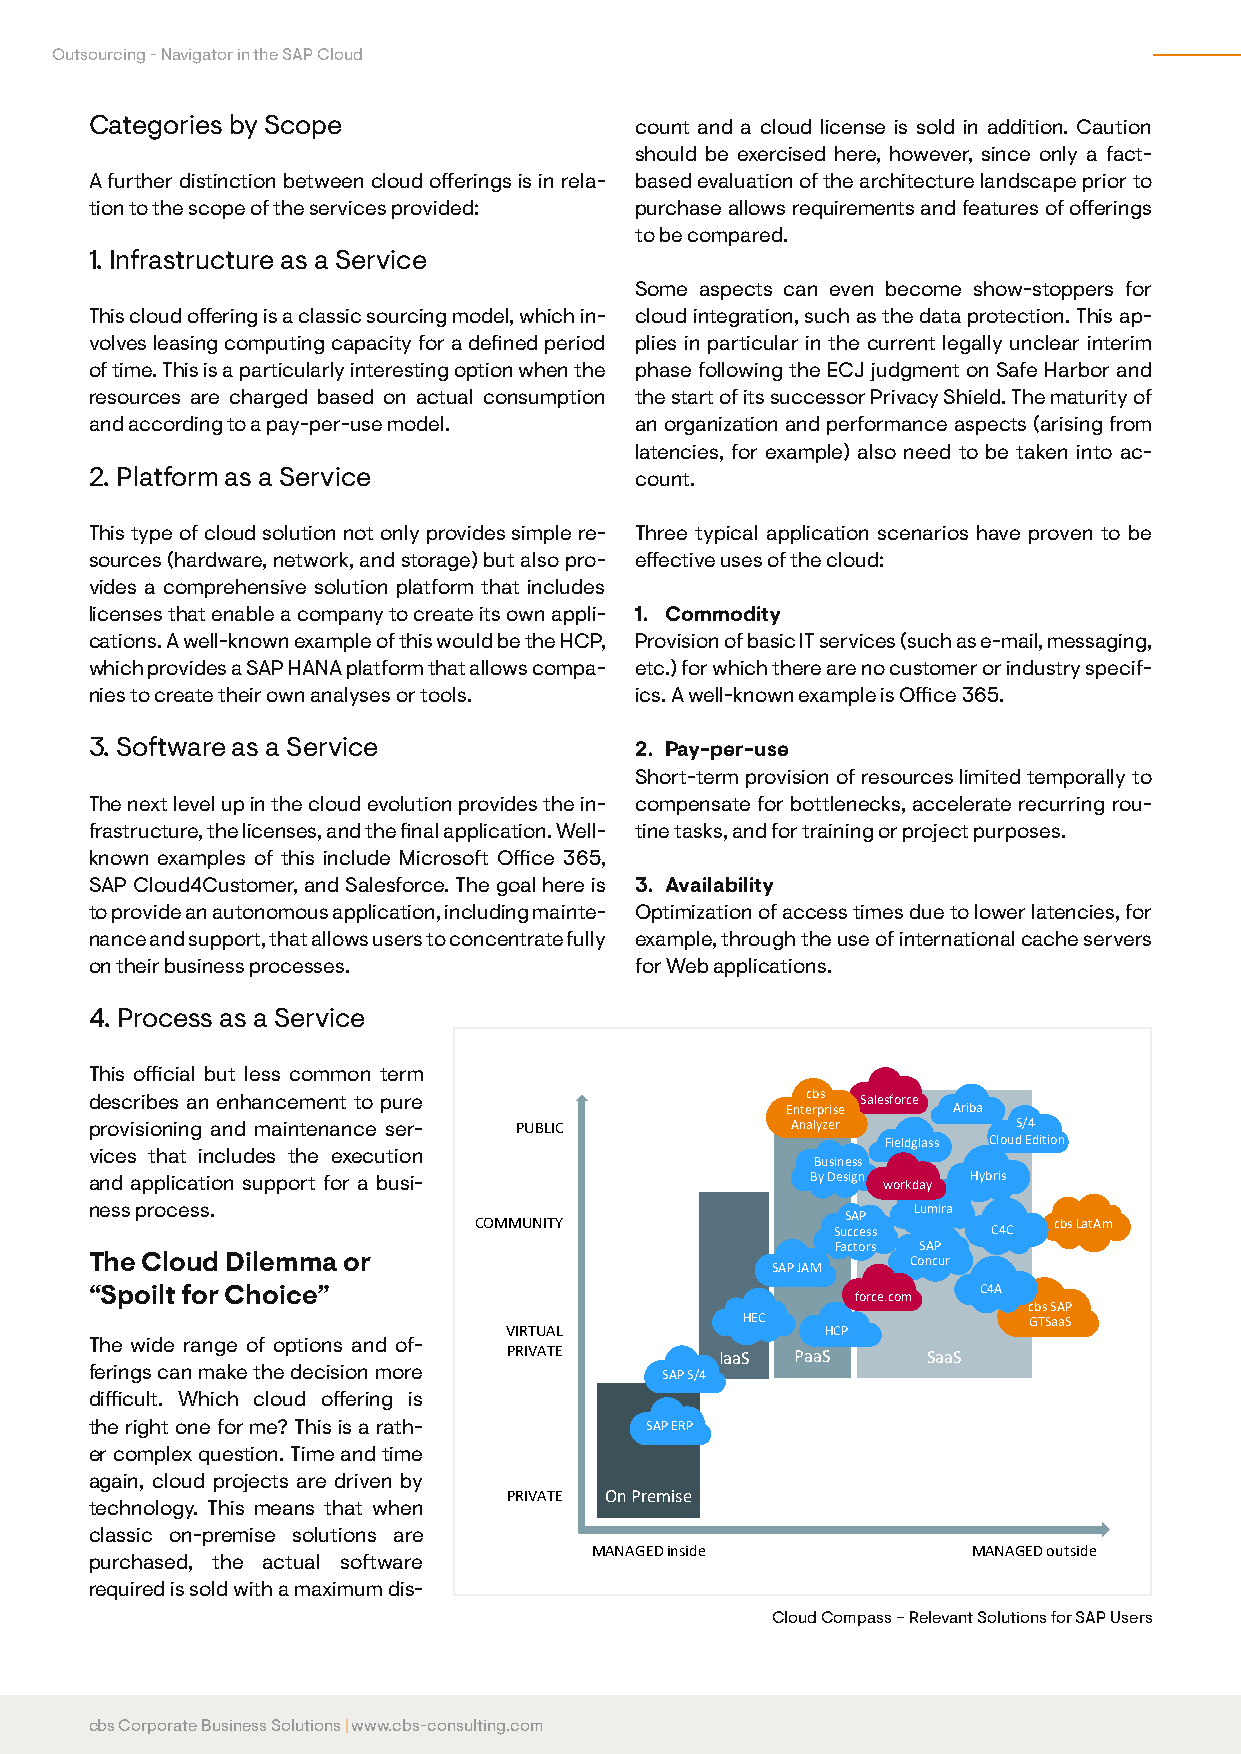
Outsourcing - Navigator in the SAP Cloud
 Categories by Scope                 count and a cloud license is sold in addition. Caution
 should be exercised here, however, since only a fact-
 A further distinction between cloud offerings is in rela- based evaluation of the architecture landscape prior to
 tion to the scope of the services provided: purchase allows requirements and features of offerings
 to be compared.
 1. Infrastructure as a Service
 Some aspects can even become show-stoppers for
 This cloud offering is a classic sourcing model, which in- cloud integration, such as the data protection. This ap-
 volves leasing computing capacity for a defined period plies in particular in the current legally unclear interim
 of time. This is a particularly interesting option when the phase following the ECJ judgment on Safe Harbor and
 resources are charged based on actual consumption the start of its successor Privacy Shield. The maturity of
 and according to a pay-per-use model. an organization and performance aspects (arising from
 latencies, for example) also need to be taken into ac-
 2. Platform as a Service            count.
 This type of cloud solution not only provides simple re- Three typical application scenarios have proven to be
 sources (hardware, network, and storage) but also pro- effective uses of the cloud:
 vides a comprehensive solution platform that includes
 licenses that enable a company to create its own appli- 1. Commodity
 cations. A well-known example of this would be the HCP, Provision of basic IT services (such as e-mail, messaging,
 which provides a SAP HANA platform that allows compa- etc.) for which there are no customer or industry specif-
 nies to create their own analyses or tools. ics. A well-known example is Office 365.
 3. Software as a Service            2. Pay-per-use
 Short-term provision of resources limited temporally to
 The next level up in the cloud evolution provides the in- compensate for bottlenecks, accelerate recurring rou-
 frastructure, the licenses, and the final application. Well- tine tasks, and for training or project purposes.
 known examples of this include Microsoft Office 365,
 SAP Cloud4Customer, and Salesforce. The goal here is 3. Availability
 to provide an autonomous application, including mainte- Optimization of access times due to lower latencies, for
 nance and support, that allows users to concentrate fully example, through the use of international cache servers
 on their business processes.        for Web applications.
 4. Process as a Service
 This official but less common term
 describes an enhancement to pure               cbs Salesforce
 Enterprise Ariba
 provisioning and maintenance ser- PUBLIC      Analyzer       S/4
 Fieldglass Cloud Edition
 vices that includes the execution
 Business
 and application support for a busi-             ByDesign workday Hybris
 ness process.                                         Lumira
 COMMUNITY               SuS cA cP es s C4C cbs LatAm
 Factors SAP
 The Cloud Dilemma or                                  Concur
 SAP JAM
 “Spoilt for Choice”                                force.com C4A
 cbs SAP
 HEC                GTSaaS
 VIRTUAL               HCP
 The wide range of options and of-
 PRIVATE       IaaS PaaS    SaaS
 ferings can make the decision more    SAP S/4
 difficult. Which cloud offering is
 the right one for me? This is a rath- SAP ERP
 er complex question. Time and time
 again, cloud projects are driven by
 PRIVATE On Premise
 technology. This means that when
 classic on-premise solutions are
 MANAGED inside           MANAGED outside
 purchased, the actual software
 required is sold with a maximum dis-
 Cloud Compass – Relevant Solutions for SAP Users
 cbs Corporate Business Solutions | www.cbs-consulting.com